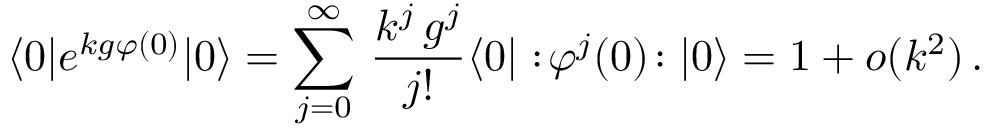
\langle 0 | e ^ { k g \varphi ( 0 ) } | 0 \rangle = \sum _ { j = 0 } ^ { \infty } \, \frac { k ^ { j } \, g ^ { j } } { j ! } \langle 0 | : \! \varphi ^ { j } ( 0 ) \! : | 0 \rangle = 1 + o ( k ^ { 2 } ) \, .